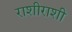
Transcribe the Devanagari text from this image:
राशीराशी